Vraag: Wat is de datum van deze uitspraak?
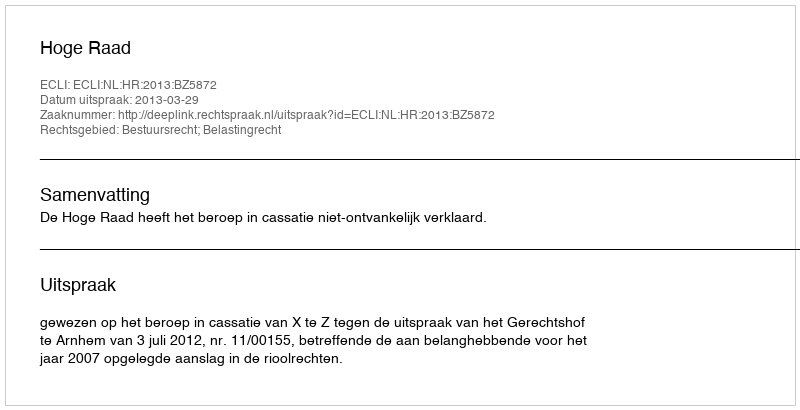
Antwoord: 2013-03-29